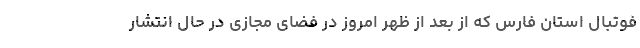
فوتبال استان فارس که از بعد از ظهر امروز در فضای مجازی در حال انتشار